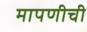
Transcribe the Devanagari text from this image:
मापणीची